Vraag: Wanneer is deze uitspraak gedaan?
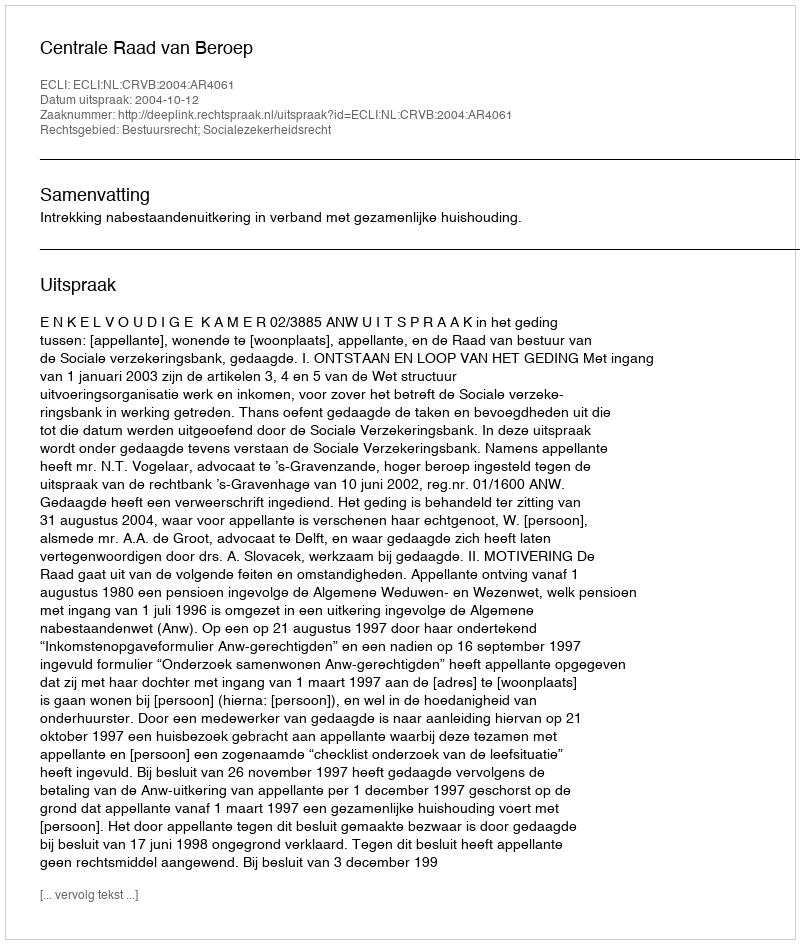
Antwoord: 2004-10-12